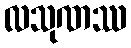
လသုဏဿ